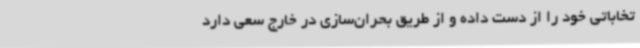
تخاباتی خود را از دست داده و از طریق بحران‌سازی در خارج سعی دارد